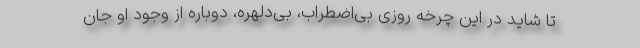
تا شاید در این چرخه روزی بی‌اضطراب، بی‌دلهره، دوباره از وجود او جان